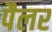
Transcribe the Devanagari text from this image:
पैलर